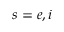
s = e , i